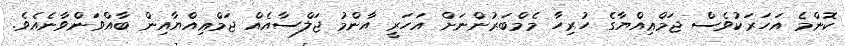
ކޮންމެ އަހަރަކުވެސް ޖަމްޢިއްޔާގެ ހުރިހާ މެމްބަރުންނަށް އަހަރީ އާންމު ޖަލްސާއެއް ޖަމްޢިއްޔާއިން ބާއްވަންވާނެއެވެ.